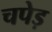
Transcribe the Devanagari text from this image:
चपेड़